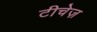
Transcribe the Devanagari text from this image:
टीचेज़